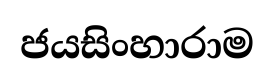
ජයසිංහාරාම